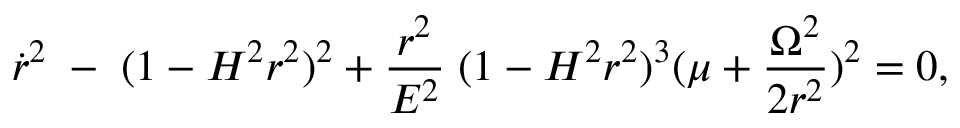
\dot { r } ^ { 2 } \; - \; ( 1 - H ^ { 2 } r ^ { 2 } ) ^ { 2 } + \frac { r ^ { 2 } } { E ^ { 2 } } \; ( 1 - H ^ { 2 } r ^ { 2 } ) ^ { 3 } ( \mu + \frac { \Omega ^ { 2 } } { 2 r ^ { 2 } } ) ^ { 2 } = 0 ,